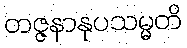
တဇ္ဇနာနုပသမ္မတိ